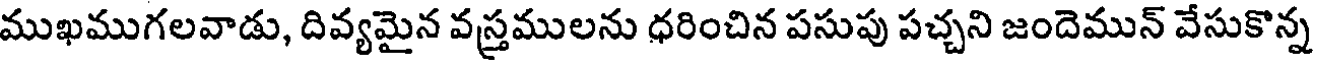
ముఖముగలవాడు, దివ్యమైన వస్త్రములను ధరించిన పసుపు పచ్చని జందెమున్ వేసుకొన్న